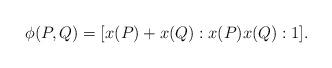
\begin{align*}\phi(P,Q) = [x(P) + x(Q) : x(P)x(Q) : 1].\end{align*}